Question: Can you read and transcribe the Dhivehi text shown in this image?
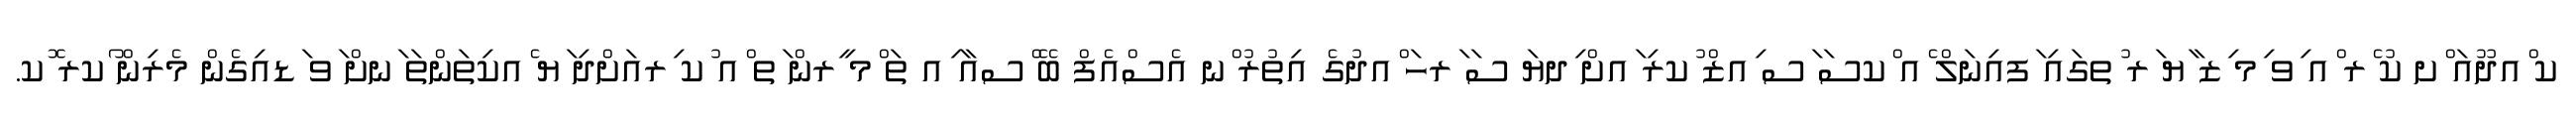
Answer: ކ ްއދޫއަ ްށ ކު ެރ ްއ ިވ ިމ ިޒ ާޔ ަރ ުތގައި ަފއިނަލް ެއ ްކސަ ަސ ިއޒް ުކރި ައށް ިދޔަ ސަ ަރހަ ްއދުގެ އިތުރު ްނ އެސްއެފް ބޭ ްސއާ ިއ ތަ ްމ ީރން ަތ ްއ ުކ ިރއަށްދި ަޔ ެއކިތަންތަ ަނށް ަވ ަޑއިގެން މެރިން ޯކރ ޮކ.